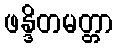
ဖန္ဒိတမတ္တာ